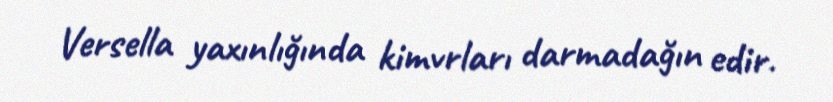
Versella yaxınlığında kimvrları darmadağın edir.